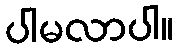
ပါမလာပါ။